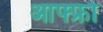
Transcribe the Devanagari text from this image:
आफ्फ्रो